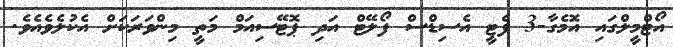
އޯޓްމީލްގައި އޮމެގާ-3 ފެޓީ އެސިޑްސް ފޯލޭޓް އަދި ޕޮޓޭސިއަމް މަތީ މިންވަރަކަށް އެކުލެވެއެވެ.